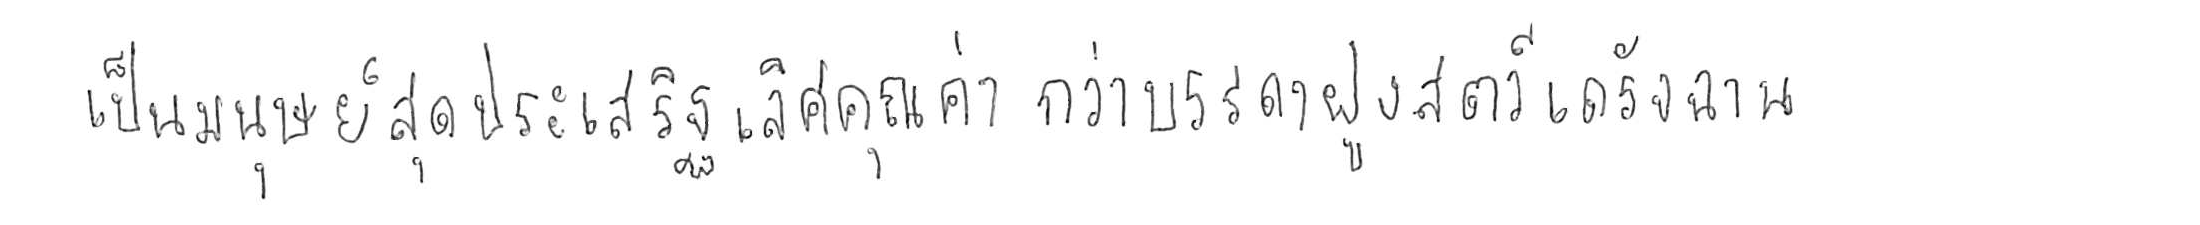
เป็นมนุษย์สุดประเสริฐเลิศคุณค่า กว่าบรรดาฝูงสัตว์เดรัจฉาน